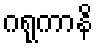
ဂရုကာနိ